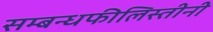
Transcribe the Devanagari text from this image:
सम्बन्धफीलिस्तीनी